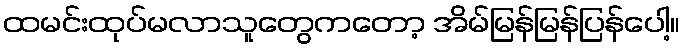
ထမင်းထုပ်မလာသူတွေကတော့ အိမ်မြန်မြန်ပြန်ပေါ့။